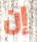
إن